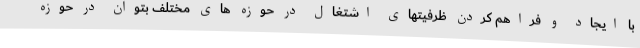
با ایجاد و فراهم کردن ظرفیتهای اشتغال در حوزه های مختلف بتوان در حوزه